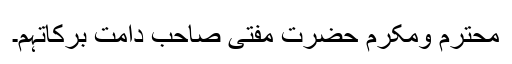
محترم ومکرم حضرت مفتی صاحب دامت برکاتہم۔